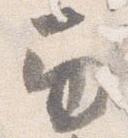
巻